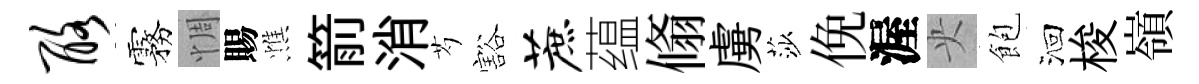
酪霧惆賜憔箭消芍豁蔗蕴翛虜莎俛渥央飽洄梭嶺